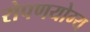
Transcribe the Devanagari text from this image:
रोपणयोग्य